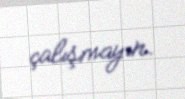
çalışmayın.